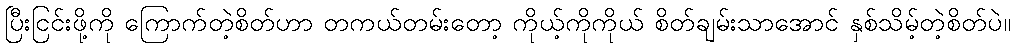
ပြီးငြင်းဖို့ကို ကြောက်တဲ့စိတ်ဟာ တကယ်တမ်းတော့ ကိုယ့်ကိုကိုယ် စိတ်ချမ်းသာအောင် နှစ်သိမ့်တဲ့စိတ်ပဲ။